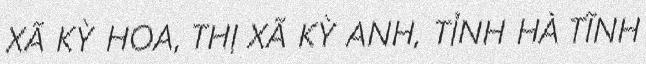
XÃ KỲ HOA, THỊ XÃ KỲ ANH, TỈNH HÀ TĨNH